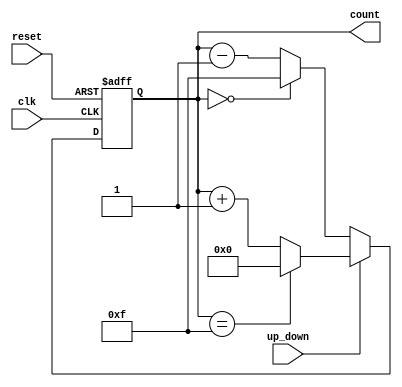
module up_down_counter (
    input wire clk,          // Clock input
    input wire up_down,      // Up/Down control signal
    input wire reset,        // Asynchronous reset signal
    output reg [3:0] count   // 4-bit count output (adjust width as needed)
);

    // Parameter for maximum count value
    parameter MAX_COUNT = 4'b1111; // 15 for a 4-bit counter

    // Asynchronous reset and counting logic
    always @(posedge clk or posedge reset) begin
        if (reset) begin
            count <= 4'b0000; // Reset count to 0
        end else begin
            if (up_down) begin
                // Count Up
                if (count == MAX_COUNT) begin
                    count <= 4'b0000; // Wrap around to 0
                end else begin
                    count <= count + 1; // Increment count
                end
            end else begin
                // Count Down
                if (count == 4'b0000) begin
                    count <= MAX_COUNT; // Wrap around to MAX_COUNT
                end else begin
                    count <= count - 1; // Decrement count
                end
            end
        end
    end

endmodule